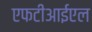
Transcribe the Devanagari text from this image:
एफटीआईएल